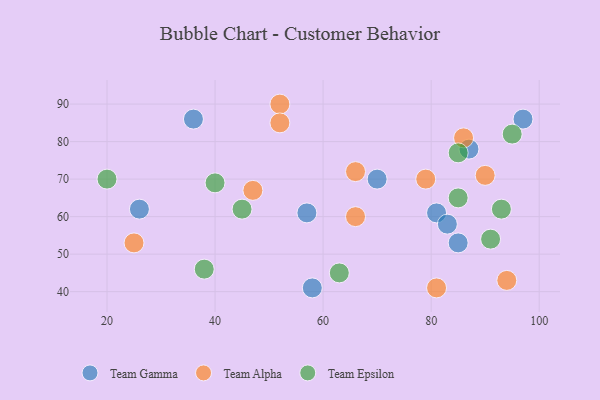
{"axis": {"x": "GDP", "y": "Life Expectancy"}, "legend": ["Team Alpha", "Team Epsilon", "Team Gamma"], "data": [{"x": "85", "y": 53, "type": "Team Gamma"}, {"x": "81", "y": 61, "type": "Team Gamma"}, {"x": "57", "y": 61, "type": "Team Gamma"}, {"x": "36", "y": 86, "type": "Team Gamma"}, {"x": "58", "y": 41, "type": "Team Gamma"}, {"x": "87", "y": 78, "type": "Team Gamma"}, {"x": "26", "y": 62, "type": "Team Gamma"}, {"x": "97", "y": 86, "type": "Team Gamma"}, {"x": "83", "y": 58, "type": "Team Gamma"}, {"x": "70", "y": 70, "type": "Team Gamma"}, {"x": "52", "y": 90, "type": "Team Alpha"}, {"x": "90", "y": 71, "type": "Team Alpha"}, {"x": "66", "y": 72, "type": "Team Alpha"}, {"x": "52", "y": 85, "type": "Team Alpha"}, {"x": "25", "y": 53, "type": "Team Alpha"}, {"x": "86", "y": 81, "type": "Team Alpha"}, {"x": "94", "y": 43, "type": "Team Alpha"}, {"x": "47", "y": 67, "type": "Team Alpha"}, {"x": "81", "y": 41, "type": "Team Alpha"}, {"x": "79", "y": 70, "type": "Team Alpha"}, {"x": "66", "y": 60, "type": "Team Alpha"}, {"x": "85", "y": 77, "type": "Team Epsilon"}, {"x": "20", "y": 70, "type": "Team Epsilon"}, {"x": "85", "y": 65, "type": "Team Epsilon"}, {"x": "93", "y": 62, "type": "Team Epsilon"}, {"x": "91", "y": 54, "type": "Team Epsilon"}, {"x": "95", "y": 82, "type": "Team Epsilon"}, {"x": "40", "y": 69, "type": "Team Epsilon"}, {"x": "45", "y": 62, "type": "Team Epsilon"}, {"x": "63", "y": 45, "type": "Team Epsilon"}, {"x": "38", "y": 46, "type": "Team Epsilon"}]}